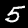
Digit: 5